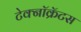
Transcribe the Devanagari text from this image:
टेक्नॉक्रॅटस